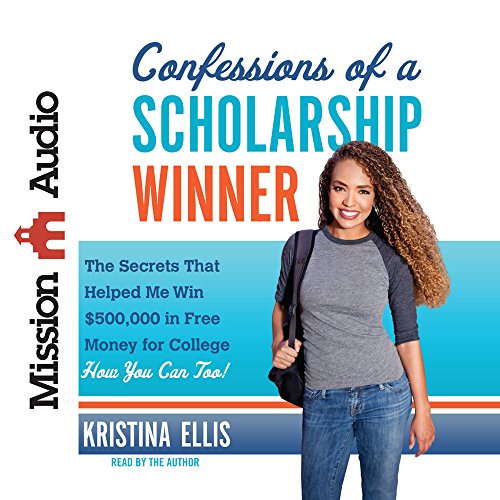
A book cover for Confessions of a Scholarship Winner: The Secrets That Helped Me Win $500,000 in Free Money for College- How You Can Too!; Kristina Ellis; Business & Money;